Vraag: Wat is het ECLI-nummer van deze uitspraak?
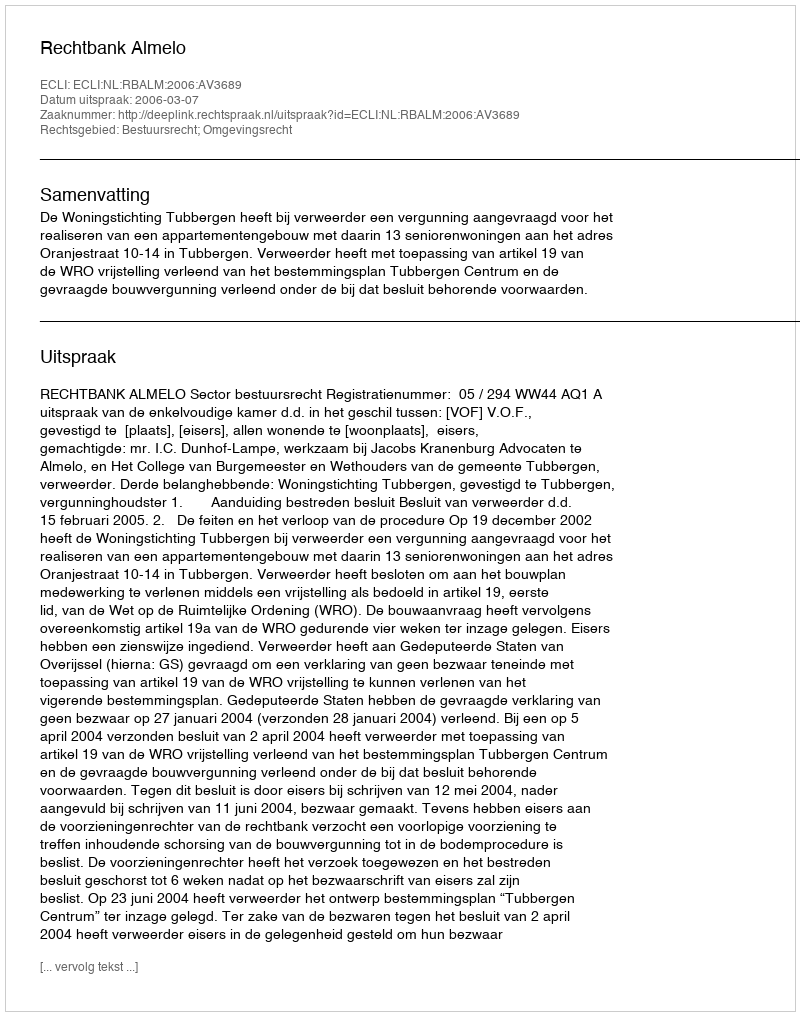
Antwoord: ECLI:NL:RBALM:2006:AV3689